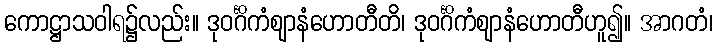
ကောဋ္ဌာသဝါရ၌လည်း။ ဒုဝင်္ဂိကံဈာနံဟောတီတိ၊ ဒုဝင်္ဂိကံဈာနံဟောတီဟူ၍။ အာဂတံ၊